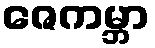
ဇေကမ္ဘာ